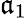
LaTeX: \mathfrak{a}_{1}